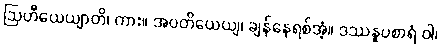
ဩဟီယေယျာတိ၊ ကား။ အဝတိယေယျ၊ ချန်နေရစ်အံ့။ ဒဿနူပစာရံ ဝါ၊